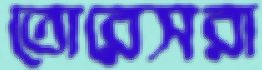
তোরেসরা